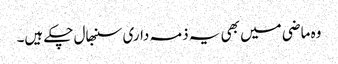
وہ ماضی میں بھی یہ ذمہ داری سنبھال چکے ہیں۔